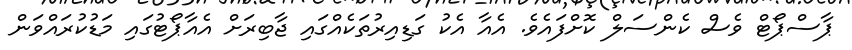
ޕާސްޕޯޓް ވެސް ކެންސަލް ކޮށްފައެވެ. އެއާ އެކު ގަޑިއިރުތަކެއްގައި ޖާބިރަށް އެއާޕޯޓުގައި މަޑުކުރައްވަން